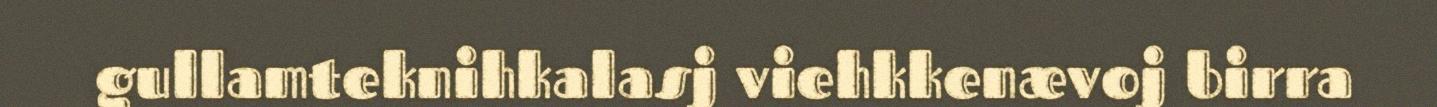
gullamteknihkalasj viehkkenævoj birra